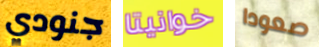
جنودي خوانيتا صعودا